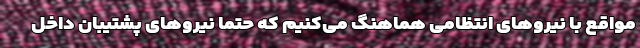
مواقع با نیروهای انتظامی هماهنگ می‌کنیم که حتماً نیروهای پشتیبان داخل